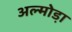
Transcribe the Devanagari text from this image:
अल्मोडा़